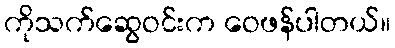
ကိုသက်ဆွေဝင်းက ဝေဖန်ပါတယ်။